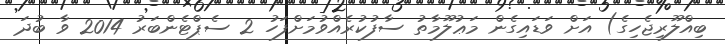
ބިއްލޫރިޖެހިގެ) އަށް ވަޑައިގެން މަޢުލޫމާތު ސާފުކުރެއްވުމަށްފަހު 2 ސެޕްޓެންބަރު 2014 ވާ ބުދަ